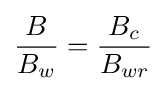
{\frac {B}{B_{w}}}={\frac {B_{c}}{B_{wr}}}